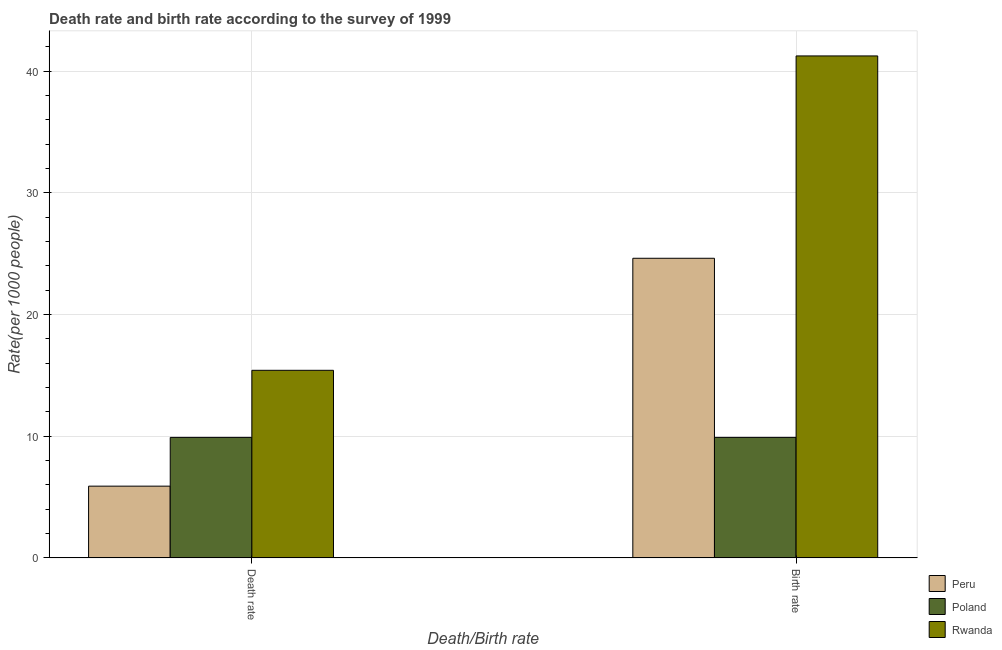
| Death/Birth rate | Peru | Poland | Rwanda |
 | --- | --- | --- | --- |
 | Death rate | 5.89 | 9.9 | 15.4 |
 | Birth rate | 24.6 | 9.9 | 41.2 |